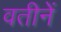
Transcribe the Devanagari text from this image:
वतीनें